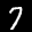
Label: 7